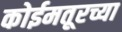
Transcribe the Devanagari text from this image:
कोईमतूरच्या